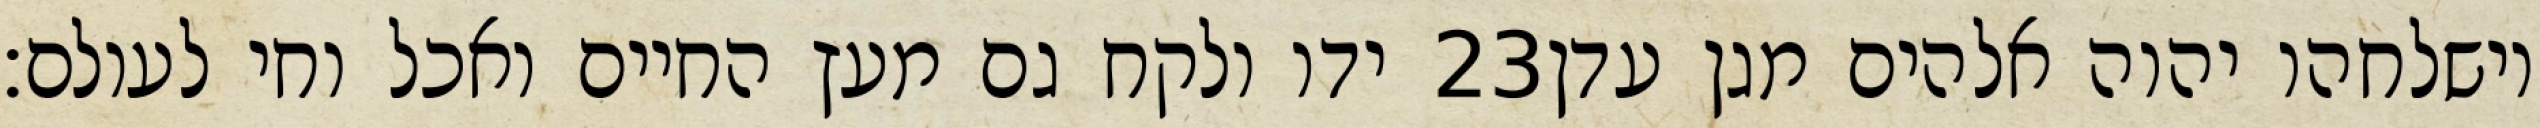
ידו ולקח גם מעץ החיים ואכל וחי לעולם׃ ‎23‏ וישלחהו יהוה אלהים מגן עדן